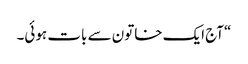
“آج ایک خاتون سے بات ہوئی۔